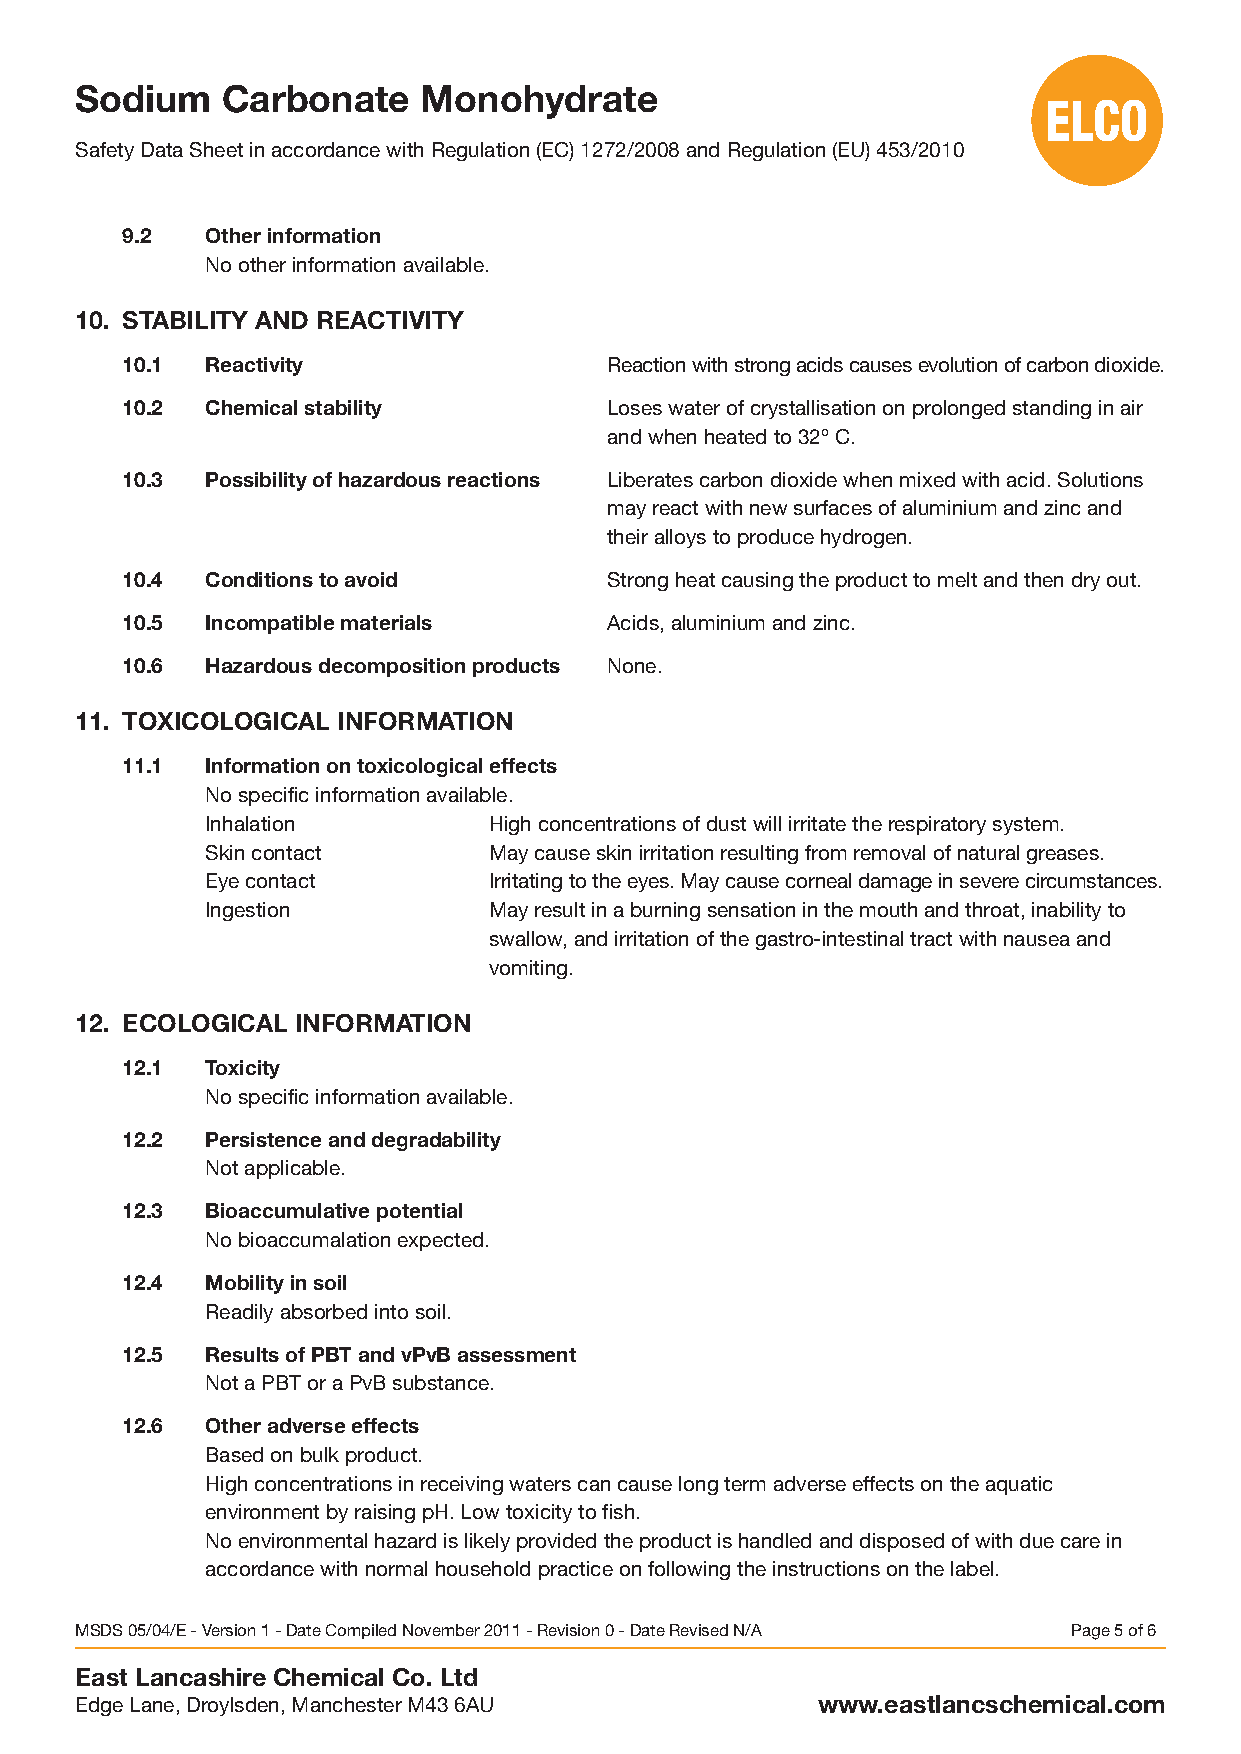
Sodium    Carbonate    Monohydrate
 SafetyDataSheetinaccordancewithRegulation(EC)1272/2008andRegulation(EU)453/2010
 9.2   Otherinformation
 Nootherinformationavailable.
 10. STABILITY AND REACTIVITY
 10.1  Reactivity                Reactionwithstrongacidscausesevolutionofcarbondioxide.
 10.2  Chemicalstability         Loseswaterofcrystallisationonprolongedstandinginair
 andwhenheatedto32ºC.
 10.3  Possibilityofhazardousreactions Liberatescarbondioxidewhenmixedwithacid.Solutions
 mayreactwithnewsurfacesofaluminiumandzincand
 theiralloystoproducehydrogen.
 10.4  Conditionstoavoid         Strongheatcausingtheproducttomeltandthendryout.
 10.5  Incompatiblematerials     Acids,aluminiumandzinc.
 10.6  Hazardousdecompositionproducts None.
 11. TOXICOLOGICAL INFORMATION
 11.1  Informationontoxicologicaleffects
 Nospecificinformationavailable.
 Inhalation        Highconcentrationsofdustwillirritatetherespiratorysystem.
 Skincontact       Maycauseskinirritationresultingfromremovalofnaturalgreases.
 Eyecontact        Irritatingtotheeyes.Maycausecornealdamageinseverecircumstances.
 Ingestion         Mayresultinaburningsensationinthemouthandthroat,inabilityto
 swallow,andirritationofthegastro-intestinaltractwithnauseaand
 vomiting.
 12. ECOLOGICAL INFORMATION
 12.1  Toxicity
 Nospecificinformationavailable.
 12.2  Persistenceanddegradability
 Notapplicable.
 12.3  Bioaccumulativepotential
 Nobioaccumalationexpected.
 12.4  Mobilityinsoil
 Readilyabsorbedintosoil.
 12.5  ResultsofPBTandvPvBassessment
 NotaPBToraPvBsubstance.
 12.6  Otheradverseeffects
 Basedonbulkproduct.
 Highconcentrationsinreceivingwaterscancauselongtermadverseeffectsontheaquatic
 environmentbyraisingpH.Lowtoxicitytofish.
 Noenvironmentalhazardislikelyprovidedtheproductishandledanddisposedofwithduecarein
 accordancewithnormalhouseholdpracticeonfollowingtheinstructionsonthelabel.
 MSDS05/04/E-Version1-DateCompiledNovember2011-Revision0-DateRevisedN/A Page5of6
 East Lancashire Chemical Co. Ltd
 EdgeLane,Droylsden,ManchesterM436AU              www.eastlancschemical.com